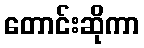
တောင်းဆိုကာ